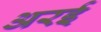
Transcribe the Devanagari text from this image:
अरई